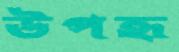
উপহৃ